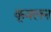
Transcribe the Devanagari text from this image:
कूवलन